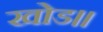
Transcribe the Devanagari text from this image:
खोड॥